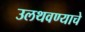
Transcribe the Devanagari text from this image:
उलथवण्याचे